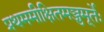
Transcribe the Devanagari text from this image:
प्रथममीक्षितमञ्जुमूर्तेः